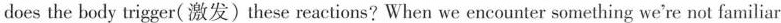
does the body trigger(激发)these reactions? When we encounter something we're not familiar